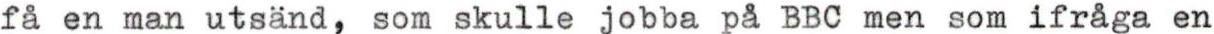
få en man utsänd, som skulle jobba på BBC men som ifråga en